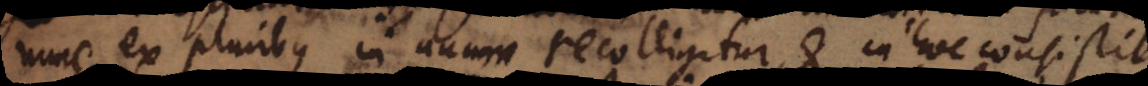
nunc ex pluribus in unum recolligitur, et in hoc consistit